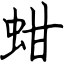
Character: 蚶